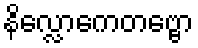
နိလ္လောကေတဗ္ဗော